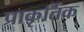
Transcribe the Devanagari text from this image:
प्राकृर्तिक